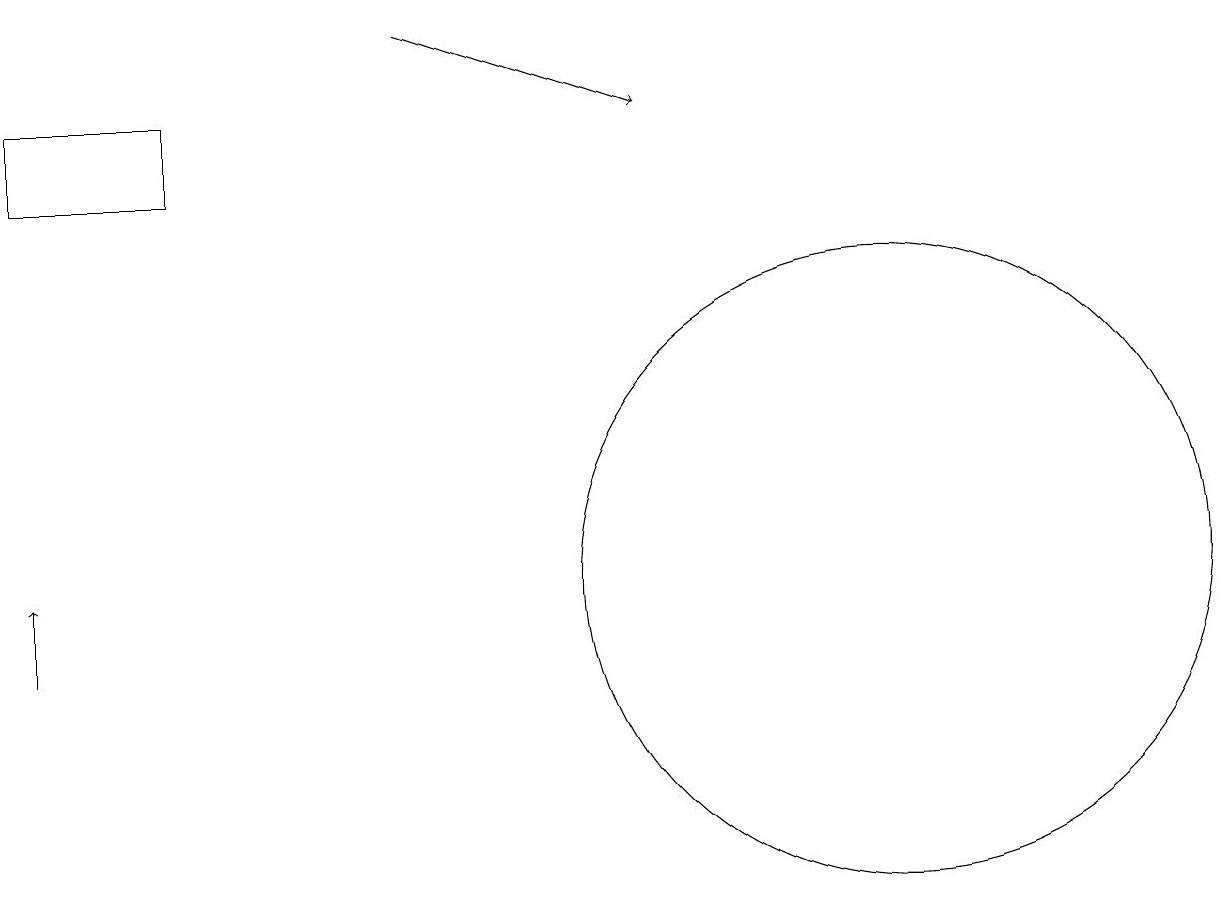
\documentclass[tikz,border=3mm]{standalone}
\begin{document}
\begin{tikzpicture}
\draw (12,12) circle (4);
\draw[->] (1,11) -- (1,12);
\draw (1,17) rectangle (3,18);
\draw (10,12) circle (0);
\draw[->] (6,19) -- (9,18);
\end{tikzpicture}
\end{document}